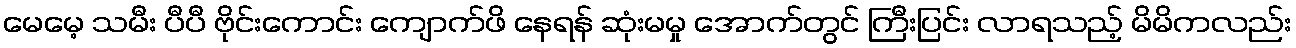
မေမေ့ သမီး ပီပီ ဗိုင်းကောင်း ကျောက်ဖိ နေရန် ဆုံးမမှု အောက်တွင် ကြီးပြင်း လာရသည့် မိမိကလည်း